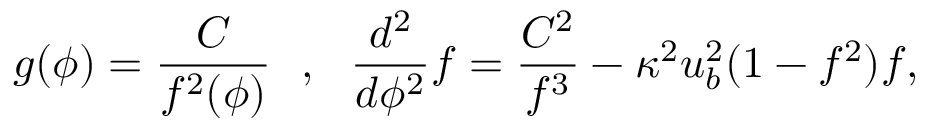
g ( \phi ) = \frac { C } { f ^ { 2 } ( \phi ) } \ \ , \ \ \frac { d ^ { 2 } } { d \phi ^ { 2 } } f = \frac { C ^ { 2 } } { f ^ { 3 } } - \kappa ^ { 2 } u _ { b } ^ { 2 } ( 1 - f ^ { 2 } ) f ,